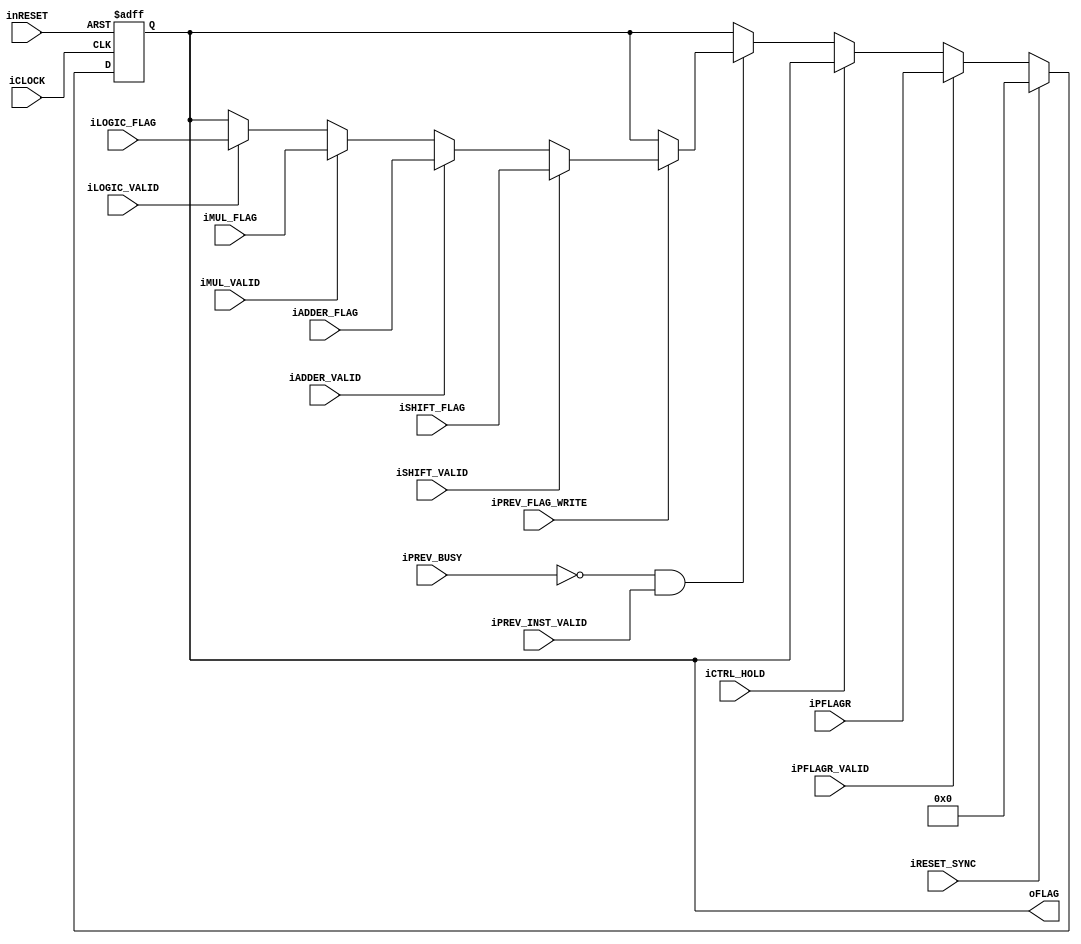
module execute_flag_register(
		input wire iCLOCK,
		input wire inRESET,
		input wire iRESET_SYNC,
		//Control
		input wire iCTRL_HOLD,
		//PFLAGR
		input wire iPFLAGR_VALID,
		input wire [4:0] iPFLAGR,
		//Prev
		input wire iPREV_INST_VALID,
		input wire iPREV_BUSY,
		input wire iPREV_FLAG_WRITE,
		//Shift
		input wire iSHIFT_VALID,
		input wire [4:0] iSHIFT_FLAG,
		//Adder
		input wire iADDER_VALID,
		input wire [4:0] iADDER_FLAG,
		//Mul
		input wire iMUL_VALID,
		input wire [4:0] iMUL_FLAG,
		//Logic
		input wire iLOGIC_VALID,
		input wire [4:0] iLOGIC_FLAG,
		//Output Flag
		output wire [4:0] oFLAG
	);

		//Flags Register
	reg [4:0] b_sysreg_flags;
	always@(posedge iCLOCK or negedge inRESET)begin
		if(!inRESET)begin
			b_sysreg_flags <= 5'h0;
		end
		else if(iRESET_SYNC)begin
			b_sysreg_flags <= 5'h0;
		end
		//Copy of PFLAGR
		else if(iPFLAGR_VALID)begin
			b_sysreg_flags <= iPFLAGR;
		end
		//HOLD
		else if(iCTRL_HOLD)begin
			b_sysreg_flags <= b_sysreg_flags;
		end
		else begin
			if(!iPREV_BUSY && iPREV_INST_VALID)begin
				//Flag
				if(iPREV_FLAG_WRITE)begin
					if(iSHIFT_VALID)begin
						b_sysreg_flags <= iSHIFT_FLAG;
					end
					else if(iADDER_VALID)begin
						b_sysreg_flags <= iADDER_FLAG;
					end
					else if(iMUL_VALID)begin
						b_sysreg_flags <= iMUL_FLAG;
					end
					else if(iLOGIC_VALID)begin
						b_sysreg_flags <= iLOGIC_FLAG;
					end
				end
			end
		end
	end//General Register Write Back

	assign oFLAG = b_sysreg_flags;

endmodule